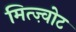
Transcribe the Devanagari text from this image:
मित्ज़्वोट